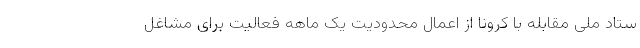
ستاد ملی مقابله با کرونا از اعمال محدودیت یک ماهه فعالیت برای مشاغل